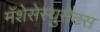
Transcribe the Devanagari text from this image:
मॅशेसेस्युसेटस